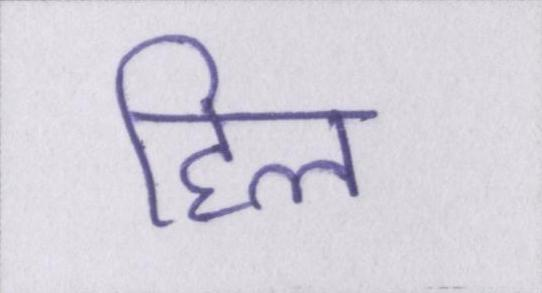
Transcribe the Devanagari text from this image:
हिल